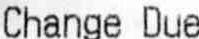
CHANGE DUE